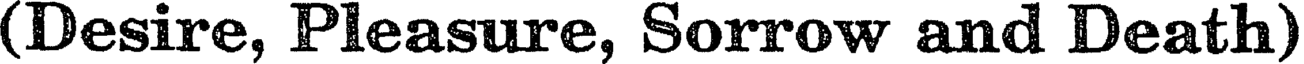
(Desire, Pleasure, Sorrow and Death)